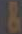
&